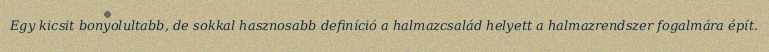
Egy kicsit bonyolultabb, de sokkal hasznosabb definíció a halmazcsalád helyett a halmazrendszer fogalmára épít.